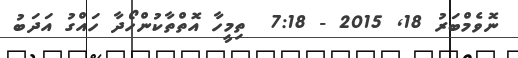
ނޮވެމްބަރު 18